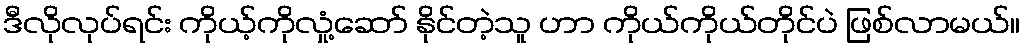
ဒီလိုလုပ်ရင်း ကိုယ့်ကိုလှုံ့ဆော် နိုင်တဲ့သူ ဟာ ကိုယ်ကိုယ်တိုင်ပဲ ဖြစ်လာမယ်။